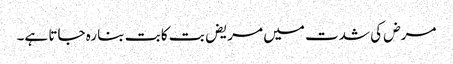
مرض کی شدت میں مریض بت کا بت بنا رہ جاتا ہے۔